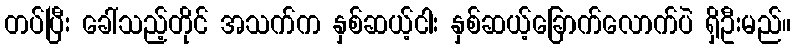
တပ်ပြီး ခေါ်သည့်တိုင် အသက်က နှစ်ဆယ့်ငါး နှစ်ဆယ့်ခြောက်လောက်ပဲ ရှိဦးမည်။